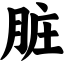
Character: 脏